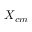
X _ { c m }